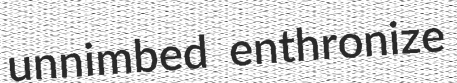
unnimbed enthronize